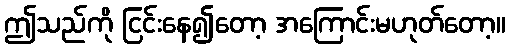
ဤသည်ကို ငြင်းနေ၍တော့ အကြောင်းမဟုတ်တော့။